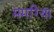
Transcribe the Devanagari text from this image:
ममरिया